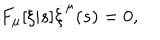
F _ { \mu } [ \xi | s ] \dot { \xi } ^ { \mu } ( s ) = 0 ,